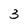
Character: 3